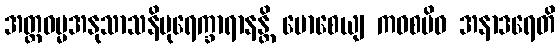
အတ္ထဓမ္မအနုသာသနိပုရေက္ခာရာနန္တိ မောစေယျ ကဝစမိဝ အနာဒရေတိ